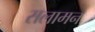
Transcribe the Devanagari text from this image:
सलामन